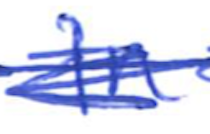
Text: in
Cross-out: scratch
Writing tool: ballpoint